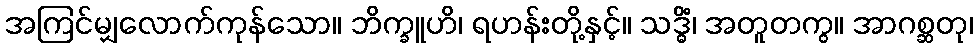
အကြင်မျှလောက်ကုန်သော။ ဘိက္ခူဟိ၊ ရဟန်းတို့နှင့်။ သဒ္ဓိံ၊ အတူတကွ။ အာဂစ္ဆတု၊